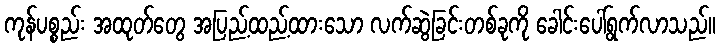
ကုန်ပစ္စည်း အထုတ်တွေ အပြည့်ထည့်ထားသော လက်ဆွဲခြင်းတစ်ခုကို ခေါင်းပေါ်ရွက်လာသည်။